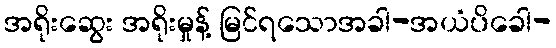
အရိုးဆွေး အရိုးမှုန့် မြင်ရသောအခါ-အယံပိခေါ-